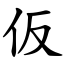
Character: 仮